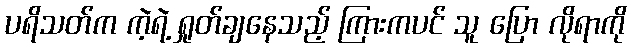
ပရိသတ်က ကဲ့ရဲ့ ရှုတ်ချနေသည့် ကြားကပင် သူ ပြော လိုရာကို